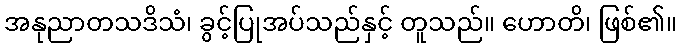
အနုညာတသဒိသံ၊ ခွင့်ပြုအပ်သည်နှင့် တူသည်။ ဟောတိ၊ ဖြစ်၏။